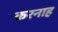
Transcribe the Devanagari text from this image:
करनाह